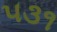
૫૩૧